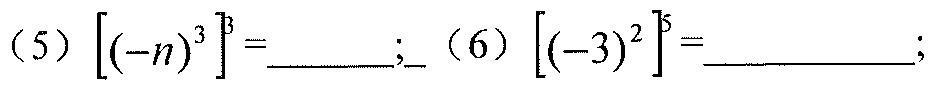
（5）\(\left[(-n)^{3}\right]^{3}=\underline{\quad\quad}\);（6）\(\left[(-3)^{2}\right]^{5}=\underline{\quad\quad}\);